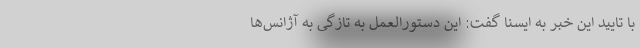
با تایید این خبر به ایسنا گفت: این دستورالعمل به تازگی به آژانس‌ها